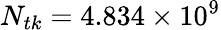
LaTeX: N_{tk}=4.834\times 10^{9}